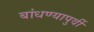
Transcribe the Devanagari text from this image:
बांधण्यापुर्वी